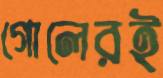
গোলেরই